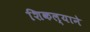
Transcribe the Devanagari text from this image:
शिकल्याने